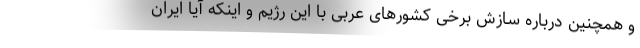
و همچنین درباره سازش برخی کشورهای عربی با این رژیم و اینکه آیا ایران